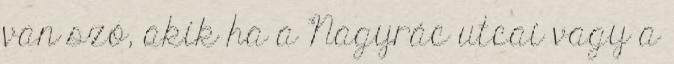
van szó, akik ha a Nagyrác utcai vagy a